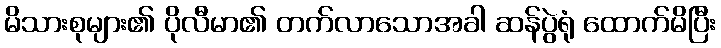
မိသားစုများ၏ ပိုလီမာ၏ တက်လာသောအခါ ဆန်ပွဲရုံ ထောက်မိပြီး